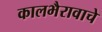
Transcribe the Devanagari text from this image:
कालभैरावाचे